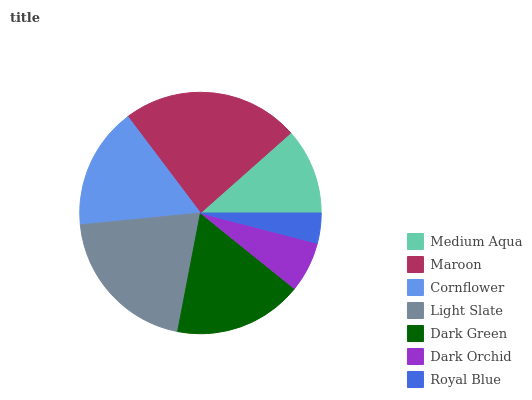
| Medium Aqua | Maroon | Cornflower | Light Slate | Dark Green | Dark Orchid | Royal Blue |
 | --- | --- | --- | --- | --- | --- | --- |
 | 11.6% | 23.8% | 16.3% | 20.4% | 17.2% | 6.76% | 4.05% |